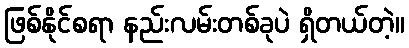
ဖြစ်နိုင်စရာ နည်းလမ်းတစ်ခုပဲ ရှိတယ်တဲ့။